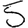
Digit: 5